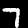
Label: 7